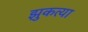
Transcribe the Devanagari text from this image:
झुकत्या